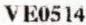
VE0514